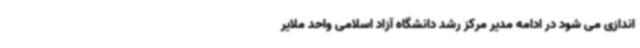
اندازی می شود در ادامه مدیر مرکز رشد دانشگاه آزاد اسلامی واحد ملایر